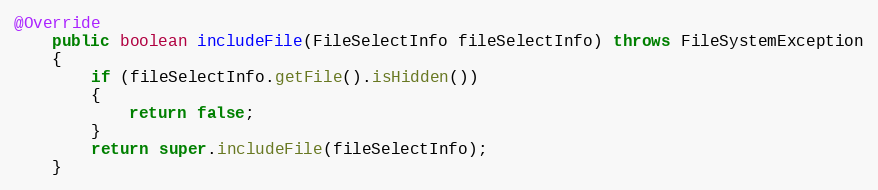
Language: Java
@Override
    public boolean includeFile(FileSelectInfo fileSelectInfo) throws FileSystemException
    {
        if (fileSelectInfo.getFile().isHidden())
        {
            return false;
        }
        return super.includeFile(fileSelectInfo);
    }